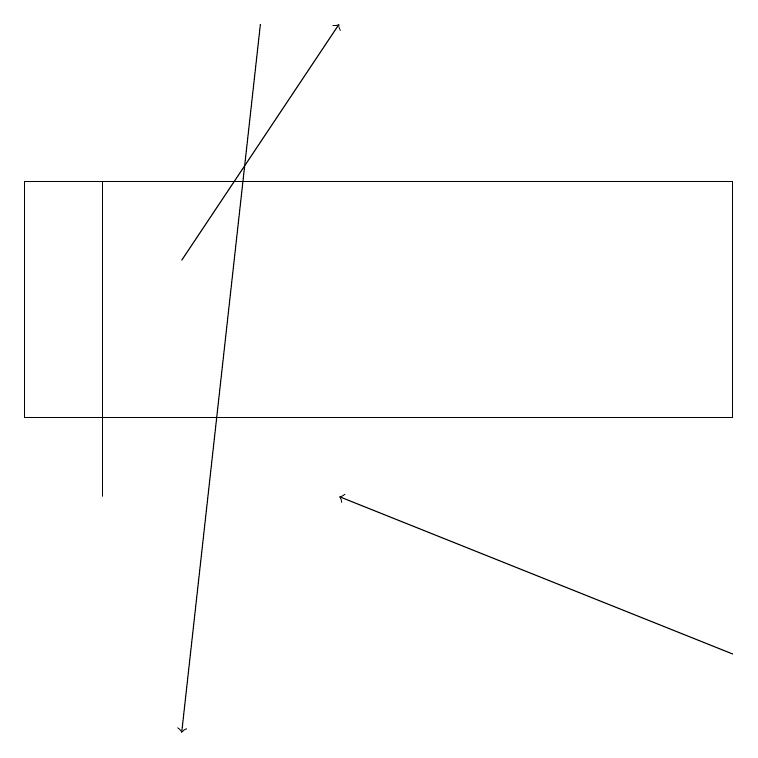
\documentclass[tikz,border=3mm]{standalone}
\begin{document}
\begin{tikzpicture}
\draw (1,13) rectangle (1,17);
\draw[->] (9,11) -- (4,13);
\draw[->] (2,16) -- (4,19);
\draw[->] (3,19) -- (2,10);
\draw (9,17) rectangle (0,14);
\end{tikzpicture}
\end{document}